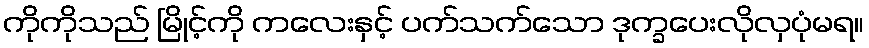
ကိုကိုသည် မြိုင့်ကို ကလေးနှင့် ပက်သက်သော ဒုက္ခပေးလိုလှပုံမရ။